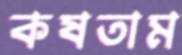
কষতাম